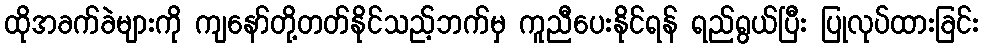
ထိုအခက်ခဲများကို ကျနော်တို့တတ်နိုင်သည့်ဘက်မှ ကူညီပေးနိုင်ရန် ရည်ရွယ်ပြီး ပြုလုပ်ထားခြင်း